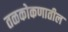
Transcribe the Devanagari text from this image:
तळकोकणातील